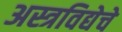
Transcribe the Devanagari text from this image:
अस्त्रविद्येचे